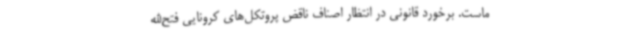
ماست. برخورد قانونی در انتظار اصناف ناقض پروتکل‌های کرونایی فتح‌الله